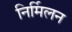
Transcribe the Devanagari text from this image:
निर्मिलन